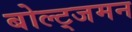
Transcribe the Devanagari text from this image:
बोल्ट्जमन